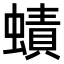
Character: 𧐐